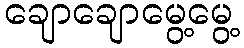
ချောချောမွေ့မွေ့